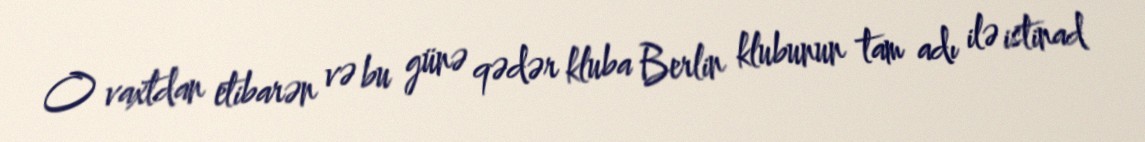
O vaxtdan etibarən və bu günə qədər kluba Berlin klubunun tam adı ilə istinad